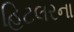
હિટલરના